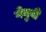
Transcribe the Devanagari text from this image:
गेनुबी